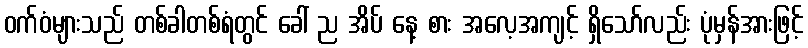
ဝက်ဝံများသည် တစ်ခါတစ်ရံတွင် ခေါ် ည အိပ် နေ့ စား အလေ့အကျင့် ရှိသော်လည်း ပုံမှန်အားဖြင့်